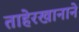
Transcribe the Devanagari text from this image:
ताहेरखानाने